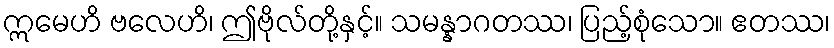
ဣမေဟိ ဗလေဟိ၊ ဤဗိုလ်တို့နှင့်။ သမန္နာဂတဿ၊ ပြည့်စုံသော။ ဧတဿ၊